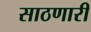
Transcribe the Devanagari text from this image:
साठणारी